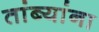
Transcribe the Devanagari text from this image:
तांब्यांना